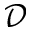
\mathcal { D }